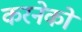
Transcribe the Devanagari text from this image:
करनेको